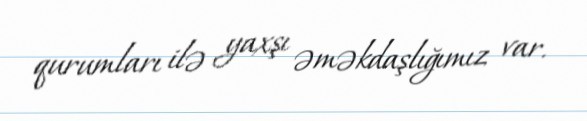
qurumları ilə yaxşı əməkdaşlığımız var.